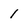
Character: 1